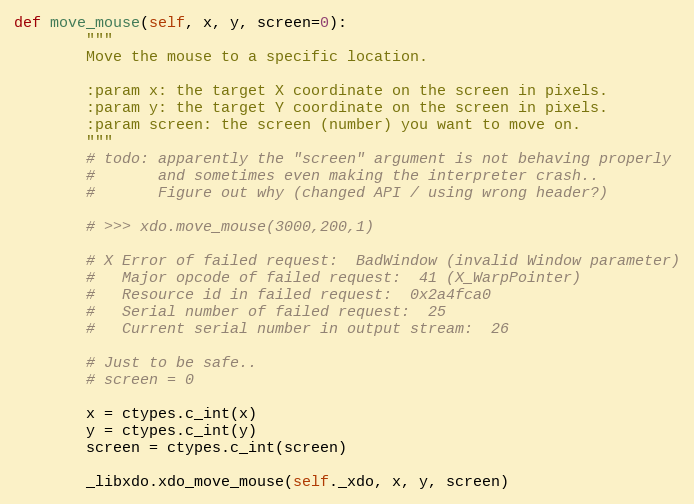
Language: Python
def move_mouse(self, x, y, screen=0):
        """
        Move the mouse to a specific location.

        :param x: the target X coordinate on the screen in pixels.
        :param y: the target Y coordinate on the screen in pixels.
        :param screen: the screen (number) you want to move on.
        """
        # todo: apparently the "screen" argument is not behaving properly
        #       and sometimes even making the interpreter crash..
        #       Figure out why (changed API / using wrong header?)

        # >>> xdo.move_mouse(3000,200,1)

        # X Error of failed request:  BadWindow (invalid Window parameter)
        #   Major opcode of failed request:  41 (X_WarpPointer)
        #   Resource id in failed request:  0x2a4fca0
        #   Serial number of failed request:  25
        #   Current serial number in output stream:  26

        # Just to be safe..
        # screen = 0

        x = ctypes.c_int(x)
        y = ctypes.c_int(y)
        screen = ctypes.c_int(screen)

        _libxdo.xdo_move_mouse(self._xdo, x, y, screen)